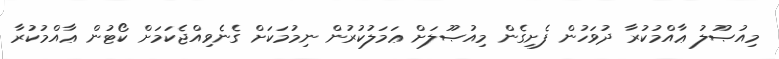
މިއުޞޫލު ޢާއްމުކުރާ ދުވަހުން ފެށިގެން މިއުޞޫލަށް ޢަމަލުކުރުން ނިމުމަކަށް ގެނެވިއްޖެކަމަށް ކޯޓުން ޢާއްމުކުރާ